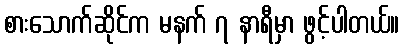
စားသောက်ဆိုင်က မနက် ၇ နာရီမှာ ဖွင့်ပါတယ်။